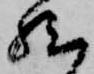
然